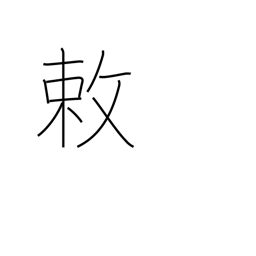
Meaning: an imperial order or decree